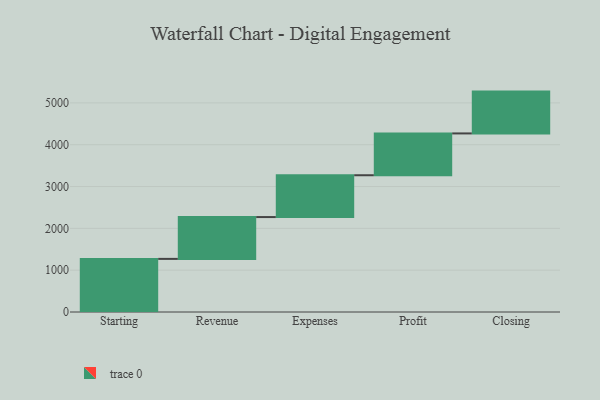
{"axis": {"x": "Step", "y": "Value"}, "legend": [""], "data": [{"x": "Starting", "y": 1270.0, "type": ""}, {"x": "Revenue", "y": 1000, "type": ""}, {"x": "Expenses", "y": 1000, "type": ""}, {"x": "Profit", "y": 1000, "type": ""}, {"x": "Closing", "y": 1000, "type": ""}]}